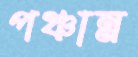
পঞ্চান্ন